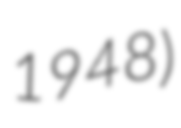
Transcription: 1948)